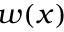
w ( x )